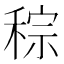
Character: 𥟡